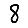
Digit: 8